画像に写った文字を読んでください
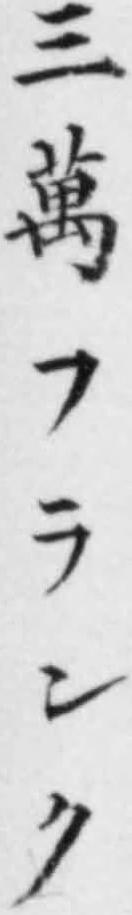
「三萬フランク」と書いてあります